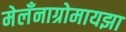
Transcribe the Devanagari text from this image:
मेलँनाग्रोमायझा